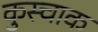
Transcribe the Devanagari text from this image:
कुस्चाक